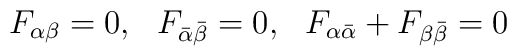
F_{\alpha \beta} = 0, \ \ F_{\bar \alpha \bar \beta} = 0, \ \ F_{\alpha \bar \alpha} + F_{\beta \bar \beta} = 0